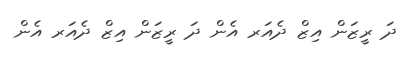
ދަ ރީޒަން އިޒް ދެއަރ އެން ދަ ރީޒަން އިޒް ދެއަރ އެން